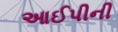
આઈપીની